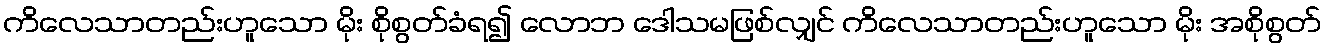
ကိလေသာတည်းဟူသော မိုး စိုစွတ်ခံရ၍ လောဘ ဒေါသမဖြစ်လျှင် ကိလေသာတည်းဟူသော မိုး အစိုစွတ်